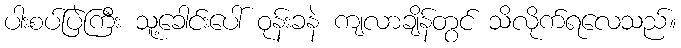
ပါးစပ်ပြဲကြီး သူ့ခေါင်းပေါ် ဝုန်းခနဲ ကျလာချိန်တွင် သိလိုက်ရလေသည်။